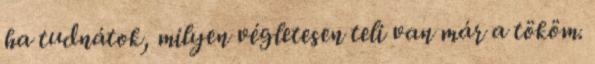
ha tudnátok, milyen végletesen teli van már a tököm.